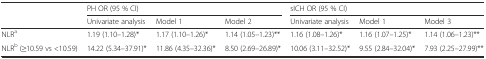
| <ROWSPAN=2>  | <COLSPAN=3> PH OR (95 % CI) | <COLSPAN=3> sICH OR (95 % CI) |
 | Univariate analysis | Model 1 | Model 2 | Univariate analysis | Model 1 | Model 3 |
 | --- | --- | --- | --- | --- | --- | --- |
 | NLRa | 1.19 (1.10–1.28)* | 1.17 (1.10–1.26)* | 1.14 (1.05–1.23)** | 1.16 (1.08–1.26)* | 1.16 (1.07–1.25)* | 1.14 (1.06–1.23)** |
 | NLRb (≥10.59 vs <10.59) | 14.22 (5.34–37.91)* | 11.86 (4.35–32.36)* | 8.50 (2.69–26.89)* | 10.06 (3.11–32.52)* | 9.55 (2.84–32.04)* | 7.93 (2.25–27.99)** |